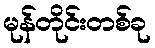
မုန်တိုင်းတစ်ခု